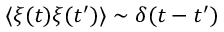
\langle \xi ( t ) \xi ( t ^ { \prime } ) \rangle \sim \delta ( t - t ^ { \prime } )